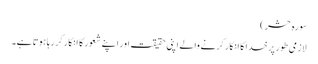
سورہ حشر )
لازمی طور پر خدا کا انکار کرنے والے اپنی حقیقت اور اپنے شعور کا انکار کر رہا ہوتا ہے۔